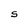
Character: S